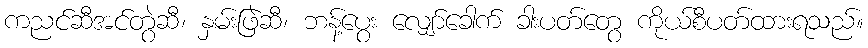
ကညင်ဆီအင်တွဲဆီ၊ နှမ်းဖြဲဆီ၊ ဘန့်ပွေး လျှော်ခေါက် ခါးပတ်တွေ ကိုယ်စီပတ်ထားရသည်။